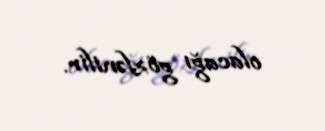
olacağı gözlənilir.